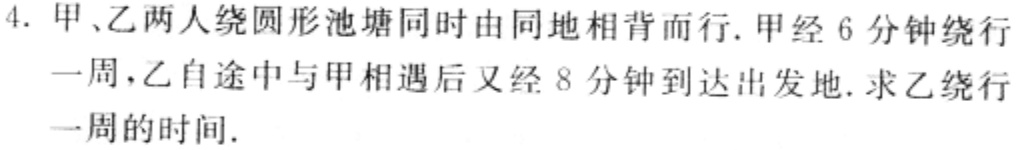
4. 甲、乙两人绕圆形池塘同时由同地相背而行. 甲经 6 分钟绕行一周，乙自途中与甲相遇后又经 8 分钟到达出发地. 求乙绕行一周的时间.